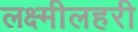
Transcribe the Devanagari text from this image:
लक्ष्मीलहरी